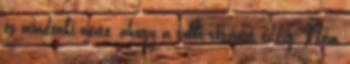
és mindenki nézte, ahogy a többi vesztest eddig. Nem